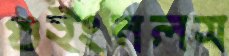
গুইংনলস